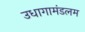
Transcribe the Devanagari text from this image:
उधागामंडलम